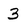
Character: 3